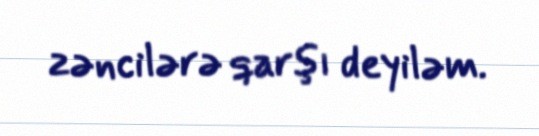
zəncilərə qarşı deyiləm.